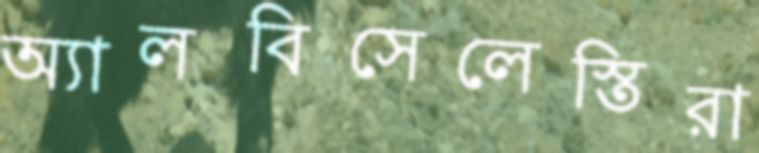
অ্যালবিসেলেস্তিরা